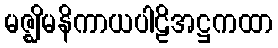
မဇ္ဈိမနိကာယပါဠိအဋ္ဌကထာ